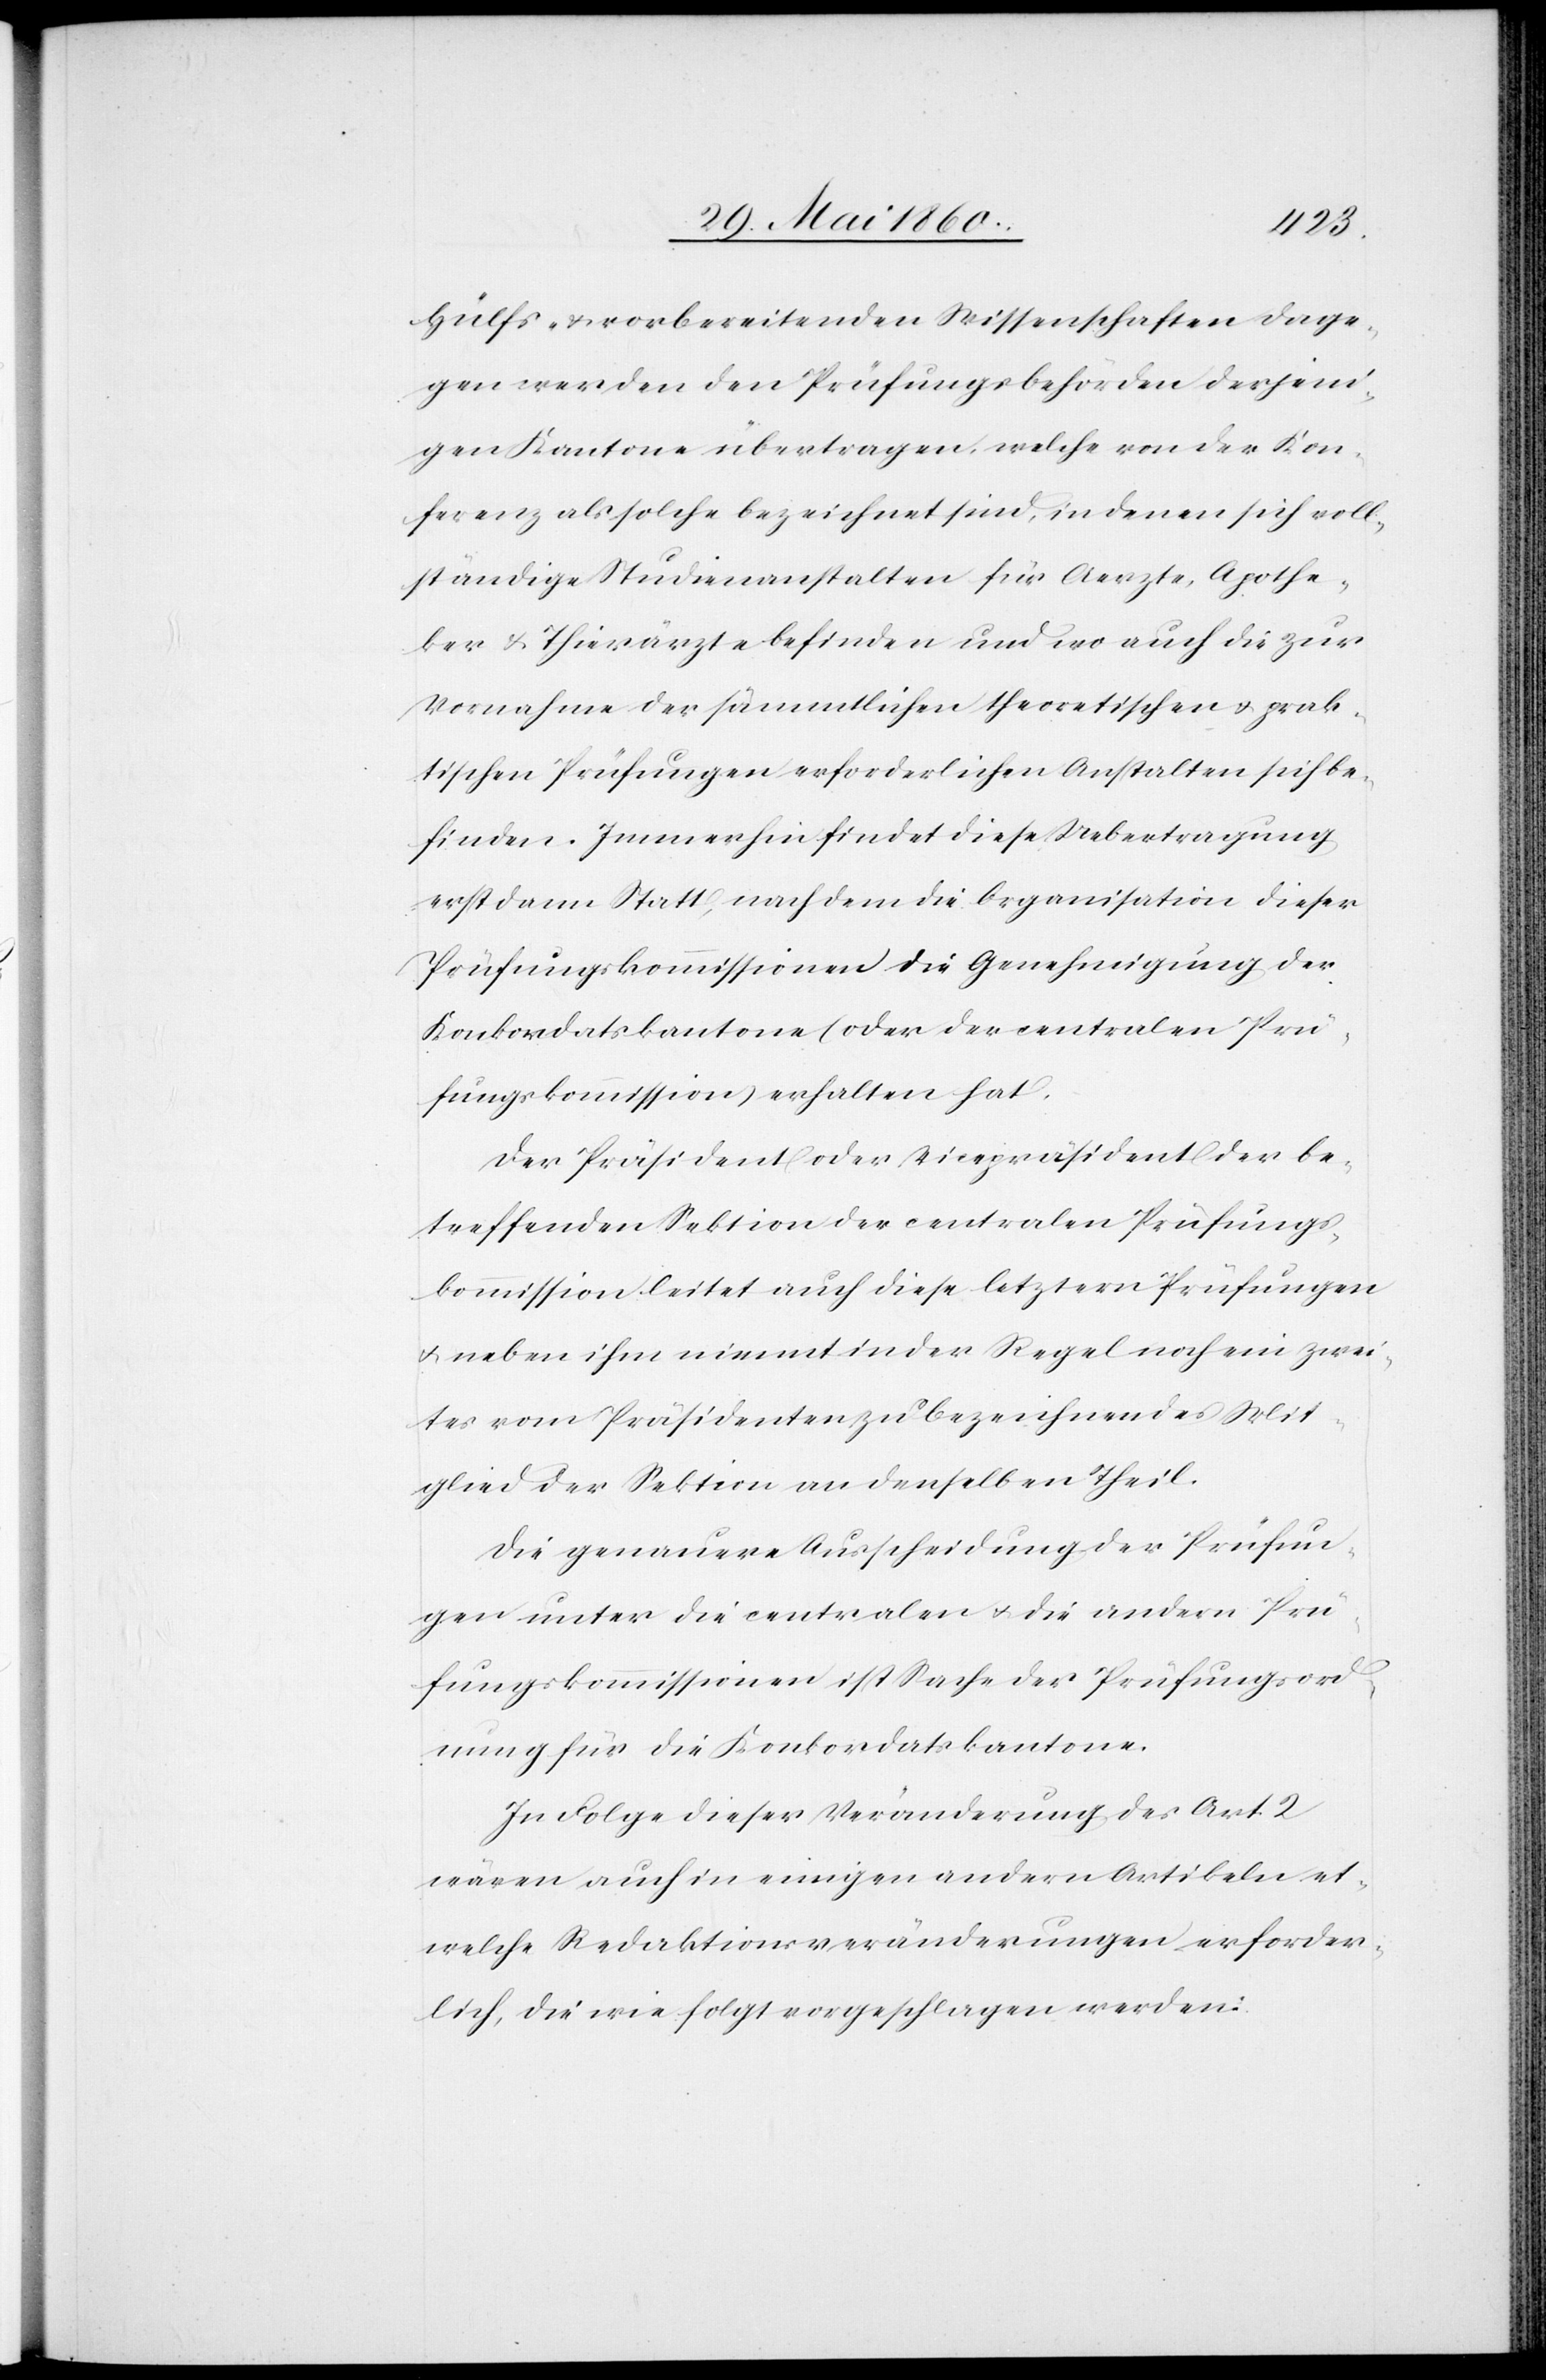
Hülfs- u. vorbereitenden Wissenschaften dage¬
gen werden den Prüfungsbehörden derjeni¬
gen Kantone übertragen, welche von der Kon¬
ferenz als solche bezeichnet sind, in denen sich voll¬
ständige Studienanstalten für Aerzte, Apothe¬
ker u. Thierärzte befinden und wo auch die zur
Vornahme der sämmtlichen theoretischen u. prak¬
tischen Prüfungen erforderlichen Anstalten sich be¬
finden. Immerhin findet diese Uebertragung
erst dann statt, nach dem die Organisation dieser
Prüfungskommissionen die Genehmigung der
Konkordatskantone (oder der centralen Prü¬
fungskommission) erhalten hat.
Der Präsident oder Vicepräsident der be¬
treffenden Sektion der centralen Prüfungs¬
kommission leitet auch diese letztern Prüfungen
u. neben ihm nimmt in der Regel noch ein zwei¬
tes vom Präsidenten zu bezeichnendes Mit¬
glied der Sektion an denselben Theil.
Die genauere Ausscheidung der Prüfun¬
gen unter die centralen u. die andern Prü¬
fungskommissionen ist Sache der Prüfungsord¬
nung für die Konkordatskantone.
In Folge dieser Veränderung des Art. 2.
wären auch in einigen andern Artikeln et¬
welche Redaktionsveränderungen erforder¬
lich, die wie folgt vorgeschlagen werden: